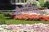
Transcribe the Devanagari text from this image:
ग्लैगोलिटिक